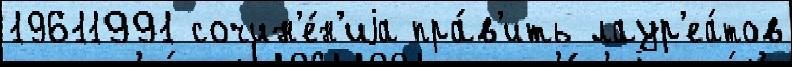
19611991 сочин'е́н'иjа пра́в'ить лаур'еа́тов